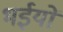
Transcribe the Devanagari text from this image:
भईयों